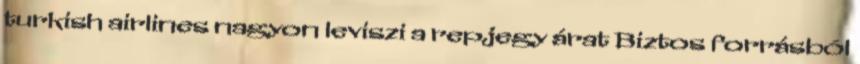
turkish airlines nagyon leviszi a repjegy árat Biztos forrásból